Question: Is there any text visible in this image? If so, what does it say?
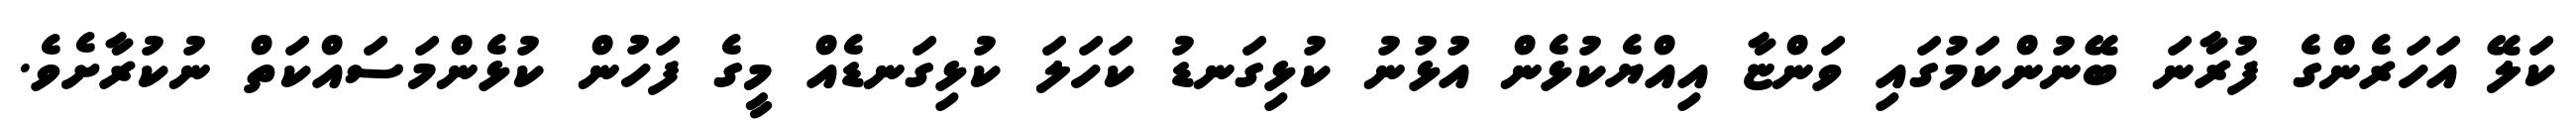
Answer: ކަލޭ އަހަރެންގެ ފުރާނަ ބޭނުންކަމުގައި ވަންޏާ އިއްޔެކުޅެން އުޅުނު ކުޅިގަނޑު ކަހަލަ ކުޅިގަނޑެއް މީގެ ފަހުން ކުޅެންމަސައްކަތް ނުކުރާށެވެ.